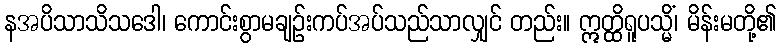
နအပိသာသိသဒေါ၊ ကောင်းစွာမချဉ်းကပ်အပ်သည်သာလျှင် တည်း။ ဣတ္ထိရူပသ္မိံ၊ မိန်းမတို့၏